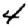
Digit: 4